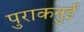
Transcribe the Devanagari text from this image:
पुराकनुई